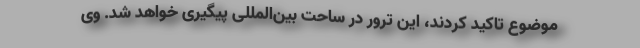
موضوع تاکید کردند، این ترور در ساحت بین‌المللی پیگیری خواهد شد. وی